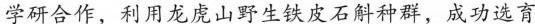
学研合作，利用龙虎山野生铁皮石斛种群，成功选育